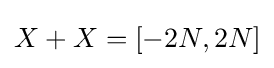
X+X=[-2N,2N]